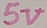
Text: 5V